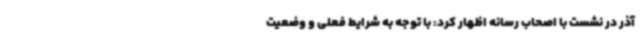
آذر در نشست با اصحاب رسانه اظهار کرد: با توجه به شرایط فعلی و وضعیت